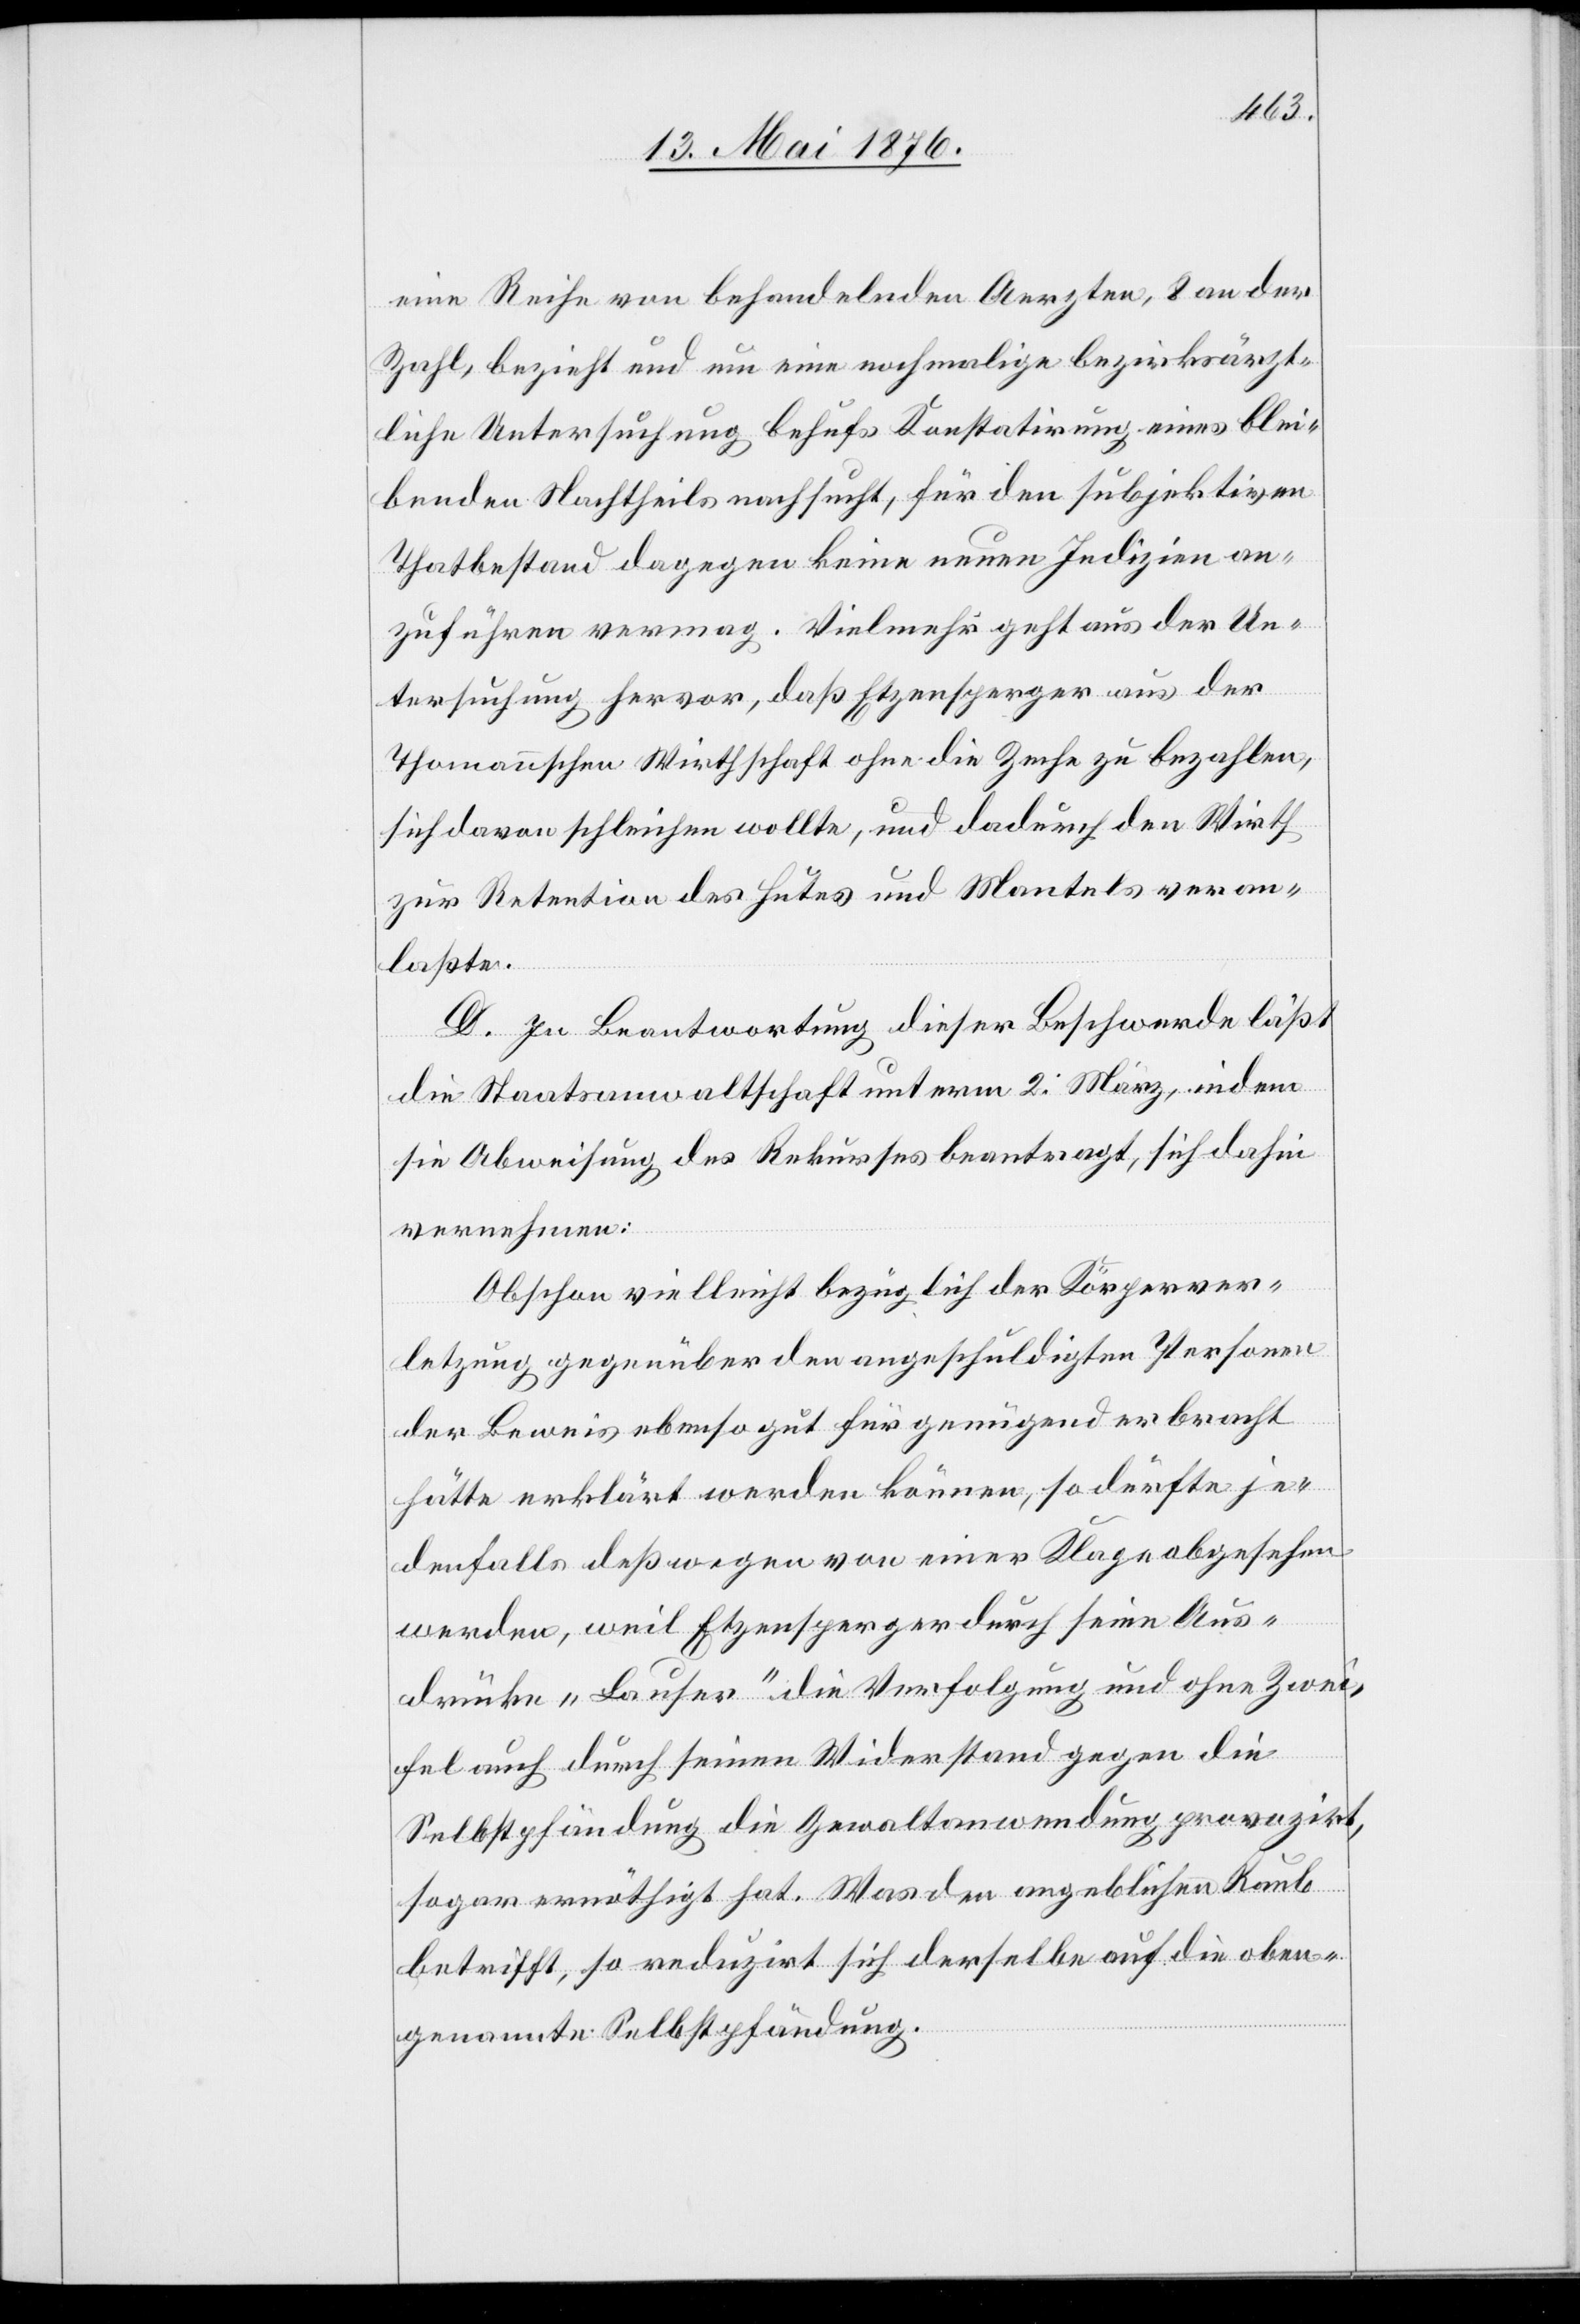
eine Reihe von behandelnden Aerzten, 8 an der
Zahl, bezieht und um eine nochmalige bezirksärzt¬
liche Untersuchung behufs Konstatirung eines blei¬
benden Nachtheils nachsucht, für den subjektiven
Thatbestand dagegen keine neuen Indizien an¬
zuführen vermag. Vielmehr geht aus der Un¬
tersuchung hervor, daß Etzensperger aus der
Thomannschen Wirthschaft ohne die Zeche zu bezahlen
sich davon schleichen wollte, und dadurch den Wirth
zur Retention des Hutes und Mantels veran¬
laßte.
D. In Beantwortung dieser Beschwerde läßt
die Staatsanwaltschaft unterm 2. März, indem
sie Abweisung des Rekurses beantragt, sich dahin
vernehmen:
Obschon vielleicht bezüglich der Körperver¬
letzung gegenüber der angeschuldigten Person
der beweis ebenso gut für genügend erbracht
hätte erklärt werden können, so dürfte je¬
denfalls deßwegen von einer Klage abgesehen
werden, weil Etzensperger durch seine Aus¬
drücke „Lauser“ die Verfolgung und ohne Zwei¬
fel auch durch seinen Widerstand gegen die
Selbstpfändung die Gewaltanwendung provozirt,
sogar ernöthigt hat. Was den angeblichen Raub
betrifft, so reduzirt sich derselbe auf die oben¬
genannte Selbstpfändung.